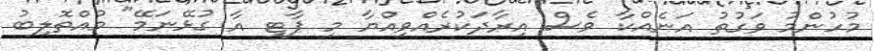
މުހުންމު ވަގުތު އަނެއްކާ ވެސް އިރާދަކުރެއްވިއްޔާ މި ޕާޓީ އާ ގުޅޭނަމޭ" މުއްތޮލިބު